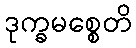
ဒုက္ခမစ္စေတိ